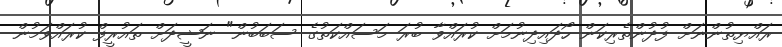
ރައްޔިތުންނަށް ފުދުންތެރިކަން ހޯދައިދިނުމަށް ކުރައްވާ ބުރަ މަސައްކަތުގެ ސަބަބުން" ނަޝީދަށް ތައުރީފް ކުރައްވަމުން